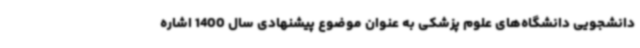
دانشجویی دانشگاه‌های علوم پزشکی به عنوان موضوع پیشنهادی سال 1400 اشاره